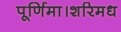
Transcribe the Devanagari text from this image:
पूर्णिमा।शरिमध